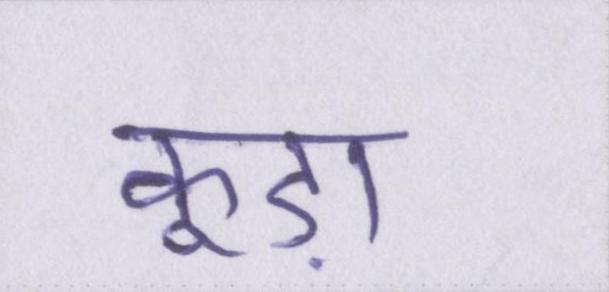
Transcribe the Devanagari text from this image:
कूड़ा